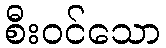
စီးဝင်သော